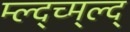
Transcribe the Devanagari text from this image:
म्ल्द्च्म्ल्द्